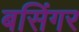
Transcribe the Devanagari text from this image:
बसिंगर